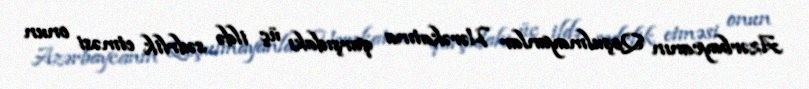
Azərbaycanın Qoşulmayanlar Hərəkatına qarşıdakı üç ildə sədrlik etməsi onun